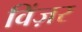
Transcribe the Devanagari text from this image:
विंज़र